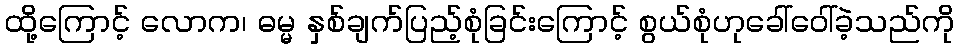
ထို့ကြောင့် လောက၊ ဓမ္မ နှစ်ချက်ပြည့်စုံခြင်းကြောင့် စွယ်စုံဟုခေါ်ဝေါ်ခဲ့သည်ကို